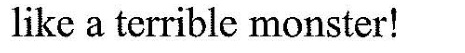
like a terrible monster!